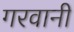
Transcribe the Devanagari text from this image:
गरवानी